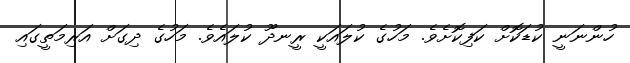
ހުންނަނީ ކުޑަކޮށް ކަފިކޮށެވެ. މަހުގެ ކުލައަކީ ރީނދޫ ކުލައެވެ. މަހުގެ ދިގަށް އަރިމަތީގައި